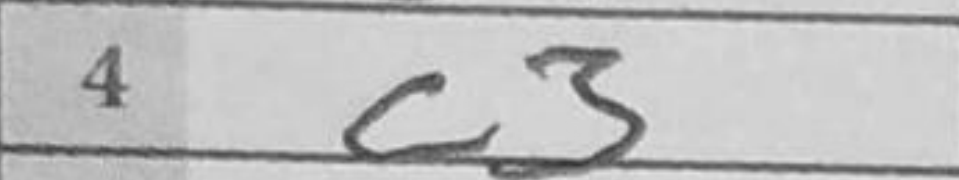
Transcription: c3